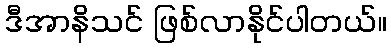
ဒီအာနိသင် ဖြစ်လာနိုင်ပါတယ်။